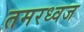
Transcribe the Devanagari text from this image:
तमरध्वज